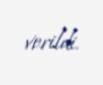
verildi.